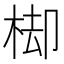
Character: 𣒗